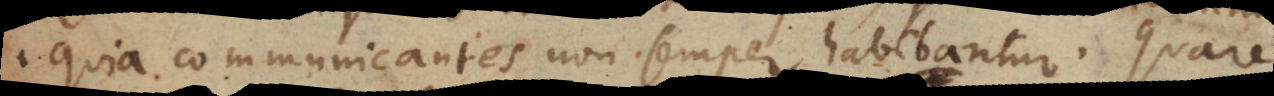
quia communicantes non semper habebantur. Quare